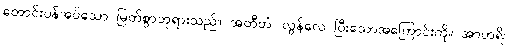
တောင်းပန်အပ်သော မြတ်စွာဘုရားသည်။ အတီတံ၊ လွန်လေ ပြီးသောအကြောင်းကို။ အာဟရိ၊